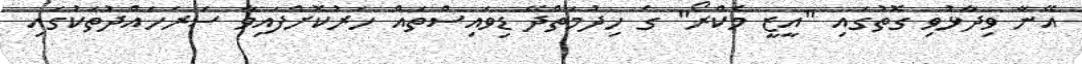
އޭނާ ވިދާޅުވި ގޮތުގައި "އީޒީ މެކްރޯ" ގެ ހިދުމަތްދޭ ޑިވައިސްތައް ހަރުކޮށްފައިވާ ސަރަހައްދުތަކުގައި